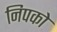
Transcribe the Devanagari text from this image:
निपको